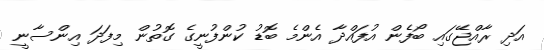
އަދި ރާއްޖޭގައި ބޯފެން އުފައްދާ އެންމެ ބޮޑު ކުންފުނީގެ ގޮތުން މިފަދަ އިންސާނީ